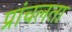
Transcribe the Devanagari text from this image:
प्रांचलता